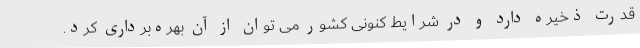
قدرت ذخیره دارد و در شرایط کنونی کشور می توان از آن بهره‌برداری کرد.